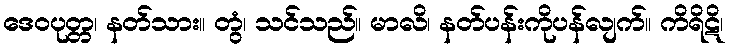
ဒေဝပုတ္တ၊ နတ်သား။ တွံ၊ သင်သည်။ မာလိ၊ နတ်ပန်းကိုပန်လျက်။ ကိရိဋိ၊